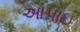
આપાઇ